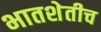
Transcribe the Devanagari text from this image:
भातशेतीच